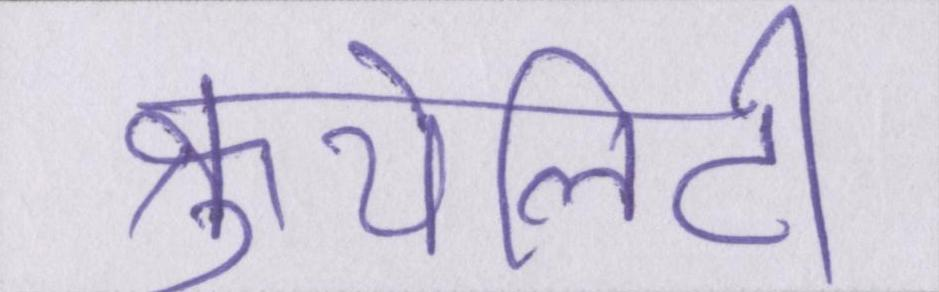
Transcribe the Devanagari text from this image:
क्रुयेलिटी